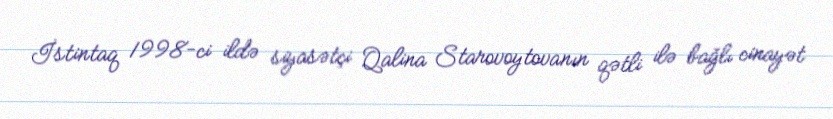
İstintaq 1998-ci ildə siyasətçi Qalina Starovoytovanın qətli ilə bağlı cinayət